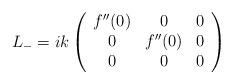
LaTeX: \begin{align*}L_{-}=ik\left(\begin{array}{ccc}f^{\prime\prime}(0)&0&0\\0&f^{\prime\prime}(0)&0\\0&0&0\end{array}\right)\end{align*}